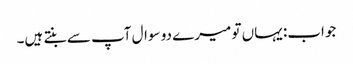
جواب: یہاں تو میرے دو سوال آپ سے بنتے ہیں۔